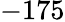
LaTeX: -175